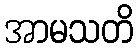
အာမသတိ